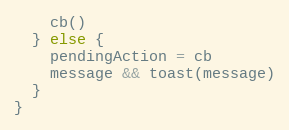
Language: JavaScript
    cb()
  } else {
    pendingAction = cb
    message && toast(message)
  }
}